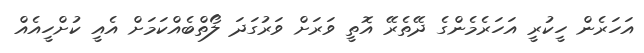
އަހަރެން ހީކުރީ އަހަރެމެންގެ ދޭތެރޭ އޮތީ ވަރަށް ވަރުގަދަ ލޯތްބެއްކަމަށް އެއީ ކުށްހީއެއް